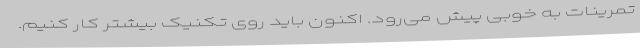
تمرینات به خوبی پیش می‌رود. اکنون باید روی تکنیک بیشتر کار کنیم.